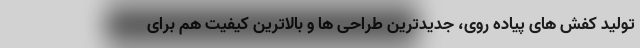
تولید کفش های پیاده روی، جدیدترین طراحی ها و بالاترین کیفیت هم برای